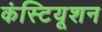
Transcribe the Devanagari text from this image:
कंस्टियूशन